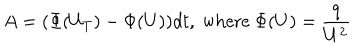
A = ( \Phi ( U _ { T } ) - \Phi ( U ) ) d t , \textrm { w h e r e } \Phi ( U ) = \frac { q } { U ^ { 2 } }